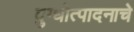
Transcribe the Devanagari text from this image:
दुग्धोत्पादनाचे